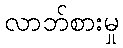
လာဘ်စားမှု